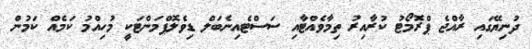
ދުނިޔޭގައި ރާއްޖެ ޕްރޮމޯޓު ކުރާއިރު ތިމާވެއްޓާއި ސަސްޓެއިނެބަލް ޑިވެލޮޕްމަންޓަކީ މުހިއްމު ކަމެއް ކަމުން